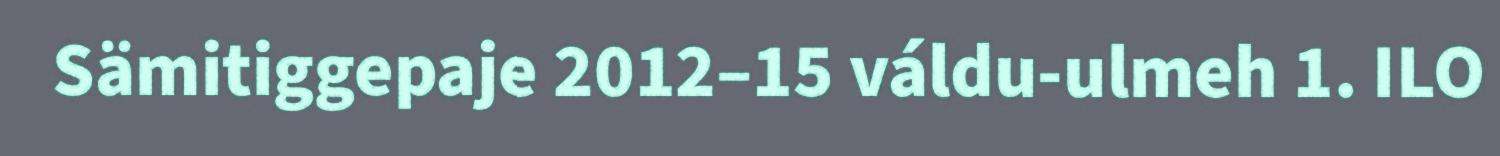
Sämitiggepaje 2012–15 váldu-ulmeh 1. ILO